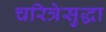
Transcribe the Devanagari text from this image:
चरित्रेसुद्धा